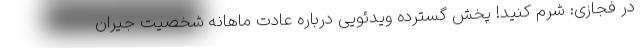
در فجازی: شرم کنید! پخش گسترده ویدئویی درباره عادت ماهانه شخصیت جیران